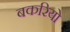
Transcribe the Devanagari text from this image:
बकरियो